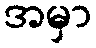
အမှာ